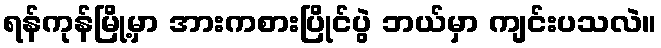
ရန်ကုန်မြို့မှာ အားကစားပြိုင်ပွဲ ဘယ်မှာ ကျင်းပသလဲ။